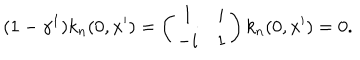
LaTeX: ( 1 - \gamma ^ { 1 } ) k _ { n } ( 0 , x ^ { \prime } ) = \left( \begin{array} { c c } { { 1 } } & { { i } } \\ { { - i } } & { { 1 } } \\ \end{array} \right) k _ { n } ( 0 , x ^ { \prime } ) = 0 .